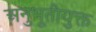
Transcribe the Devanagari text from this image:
अनुभूतीयुक्त